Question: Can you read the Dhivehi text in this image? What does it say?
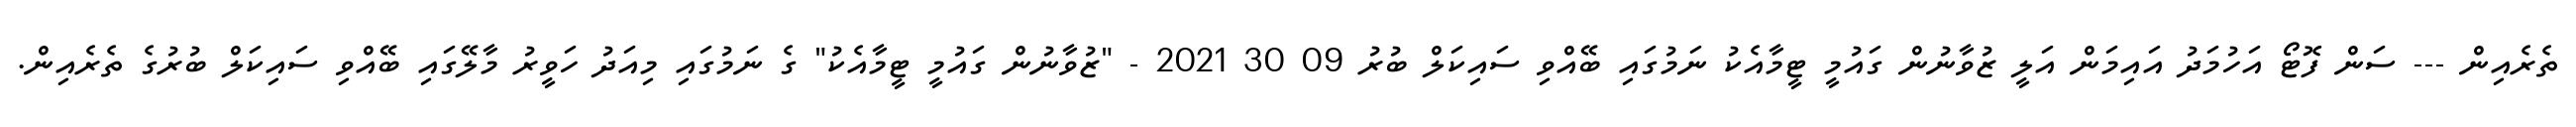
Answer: ތެރެއިން --- ސަން ފޮޓޯ އަހުމަދު އައިމަން އަލީ ޒުވާނުން ގައުމީ ޓީމާއެކު ނަމުގައި ބޭއްވި ސައިކަލް ބުރު 09 30 2021 - "ޒުވާނުން ގައުމީ ޓީމާއެކު" ގެ ނަމުގައި މިއަދު ހަވީރު މާލޭގައި ބޭއްވި ސައިކަލް ބުރުގެ ތެރެއިން.